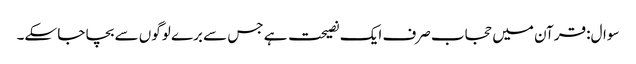
سوال: قرآن میں حجاب صرف ایک نصیحت ہے جس سے برے لوگوں سے بچا جا سکے۔